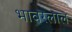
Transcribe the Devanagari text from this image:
भावरलाल